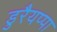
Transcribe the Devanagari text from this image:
डुरैयप्पा